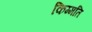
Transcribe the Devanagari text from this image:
किम्मति